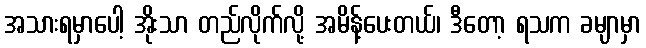
အသားရမှာပေါ့ အိုးသာ တည်လိုက်လို့ အမိန့်ပေးတယ်၊ ဒီတော့ ရသက ခမျာမှာ